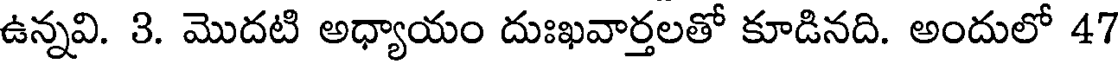
ఉన్నవి. 3. మొదటి అధ్యాయం దుఃఖవార్తలతో కూడినది. అందులో 47